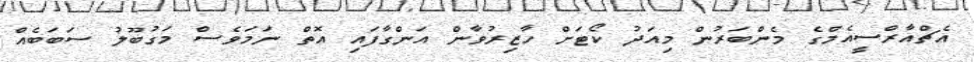
އެޗްއާރްސީއެމްގެ މެންބަރުން މިއަދު ކޯޓަށް ހާޒިރުވާން އަންގާފައި އޮތް ނަމަވެސް މަގުބޫލު ސަބަބެއް